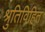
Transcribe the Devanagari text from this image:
श्रुतिविहित